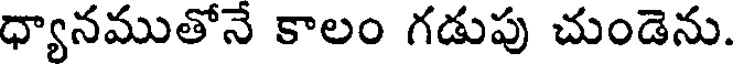
ధ్యానముతోనే కాలం గడుపు చుండెను.